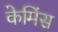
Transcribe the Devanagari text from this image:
केमिंस